Civil Veterinary Department Bihar reports 1936-40 - 1936-1940
Year: 1936
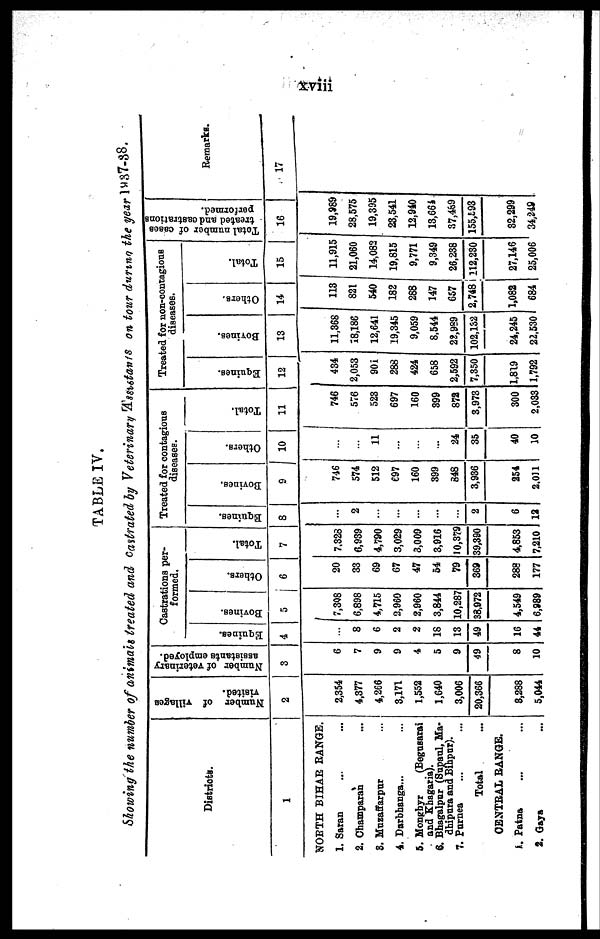
xviii
TABLE IV.
Showing the number of animals treated and Castrated by Veterinary 'A'ssutants on tour during the year 1937-38.
Districts.
1
NORH BIHAR RANGE.
1. Saran ... ...
2. Champaran ...
3. Muraffarpur ...
4. Darbhanga... ...
5. Mongbyr (Begussrai
and Khagaria).
6. Bhagalpur (Supaul, Ma-
dhipura and Bihpur).
7. Purnes ... ...
Total ...
CENTRAL RANGE.
1. Patna ... ...
2. Gaya ...
Number of villages
visited.
2
2,354
4,377
4,266
3,171
1,552
1,640
3,006
20,366
3,288
5,044
Number of veterinary
assistants employed.
3
6
7
9
9
4
5
9
49
8
10
Castrations per-
formed.
Equines.
4
...
8
6
2
2
18
13
49
16
44
Bovines.
5
7,308
6,898
4,715
2,960
2,960
3,844
10,287
38,972
4,549
6,989
Others.
6
20
33
69
67
47
54
79
369
288
177
Total.
7
7,328
6,939
4,790
3,029
3,009
3,916
10,379
39,390
4,853
7,210
Treated for contagious
diseases.
Equines.
8
...
2
...
...
...
...
...
2
6
12
Bovines.
9
746
574
512
697
160
399
848
3,936
254
2,011
Others.
10
...
...
11
...
...
...
24
35
40
10
Total.
11
746
576
523
697
160
399
872
3,973
300
2,033
Treated for non-contagious
diseases.
Equines.
12
434
2,053
901
288
424
658
2,592
7,350
1,819
1,792
Bovines.
13
11,368
18,186
12,641
19,345
9,059
8,544
22,989
102,132
24,245
22,530
Others.
14
113
821
540
182
288
147
657
2,748
1,082
684
Total.
15
11,915
21,060
14,082
19,815
9,771
9,349
26,238
112,230
27,146
25,006
Total number of cases
treated and castrations
performed.
16
19,989
28,575
19,395
23,541
12,940
13,661
37,489
155,593
82,299
34,249
Remarks.
17